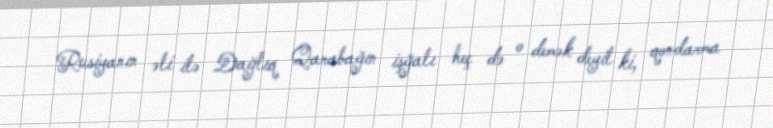
Rusiyanın əli ilə Dağlıq Qarabağın işğalı heç də o demək deyil ki, qondarma